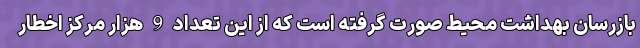
بازرسان بهداشت محیط صورت گرفته است که از این تعداد 9 هزار مرکز اخطار